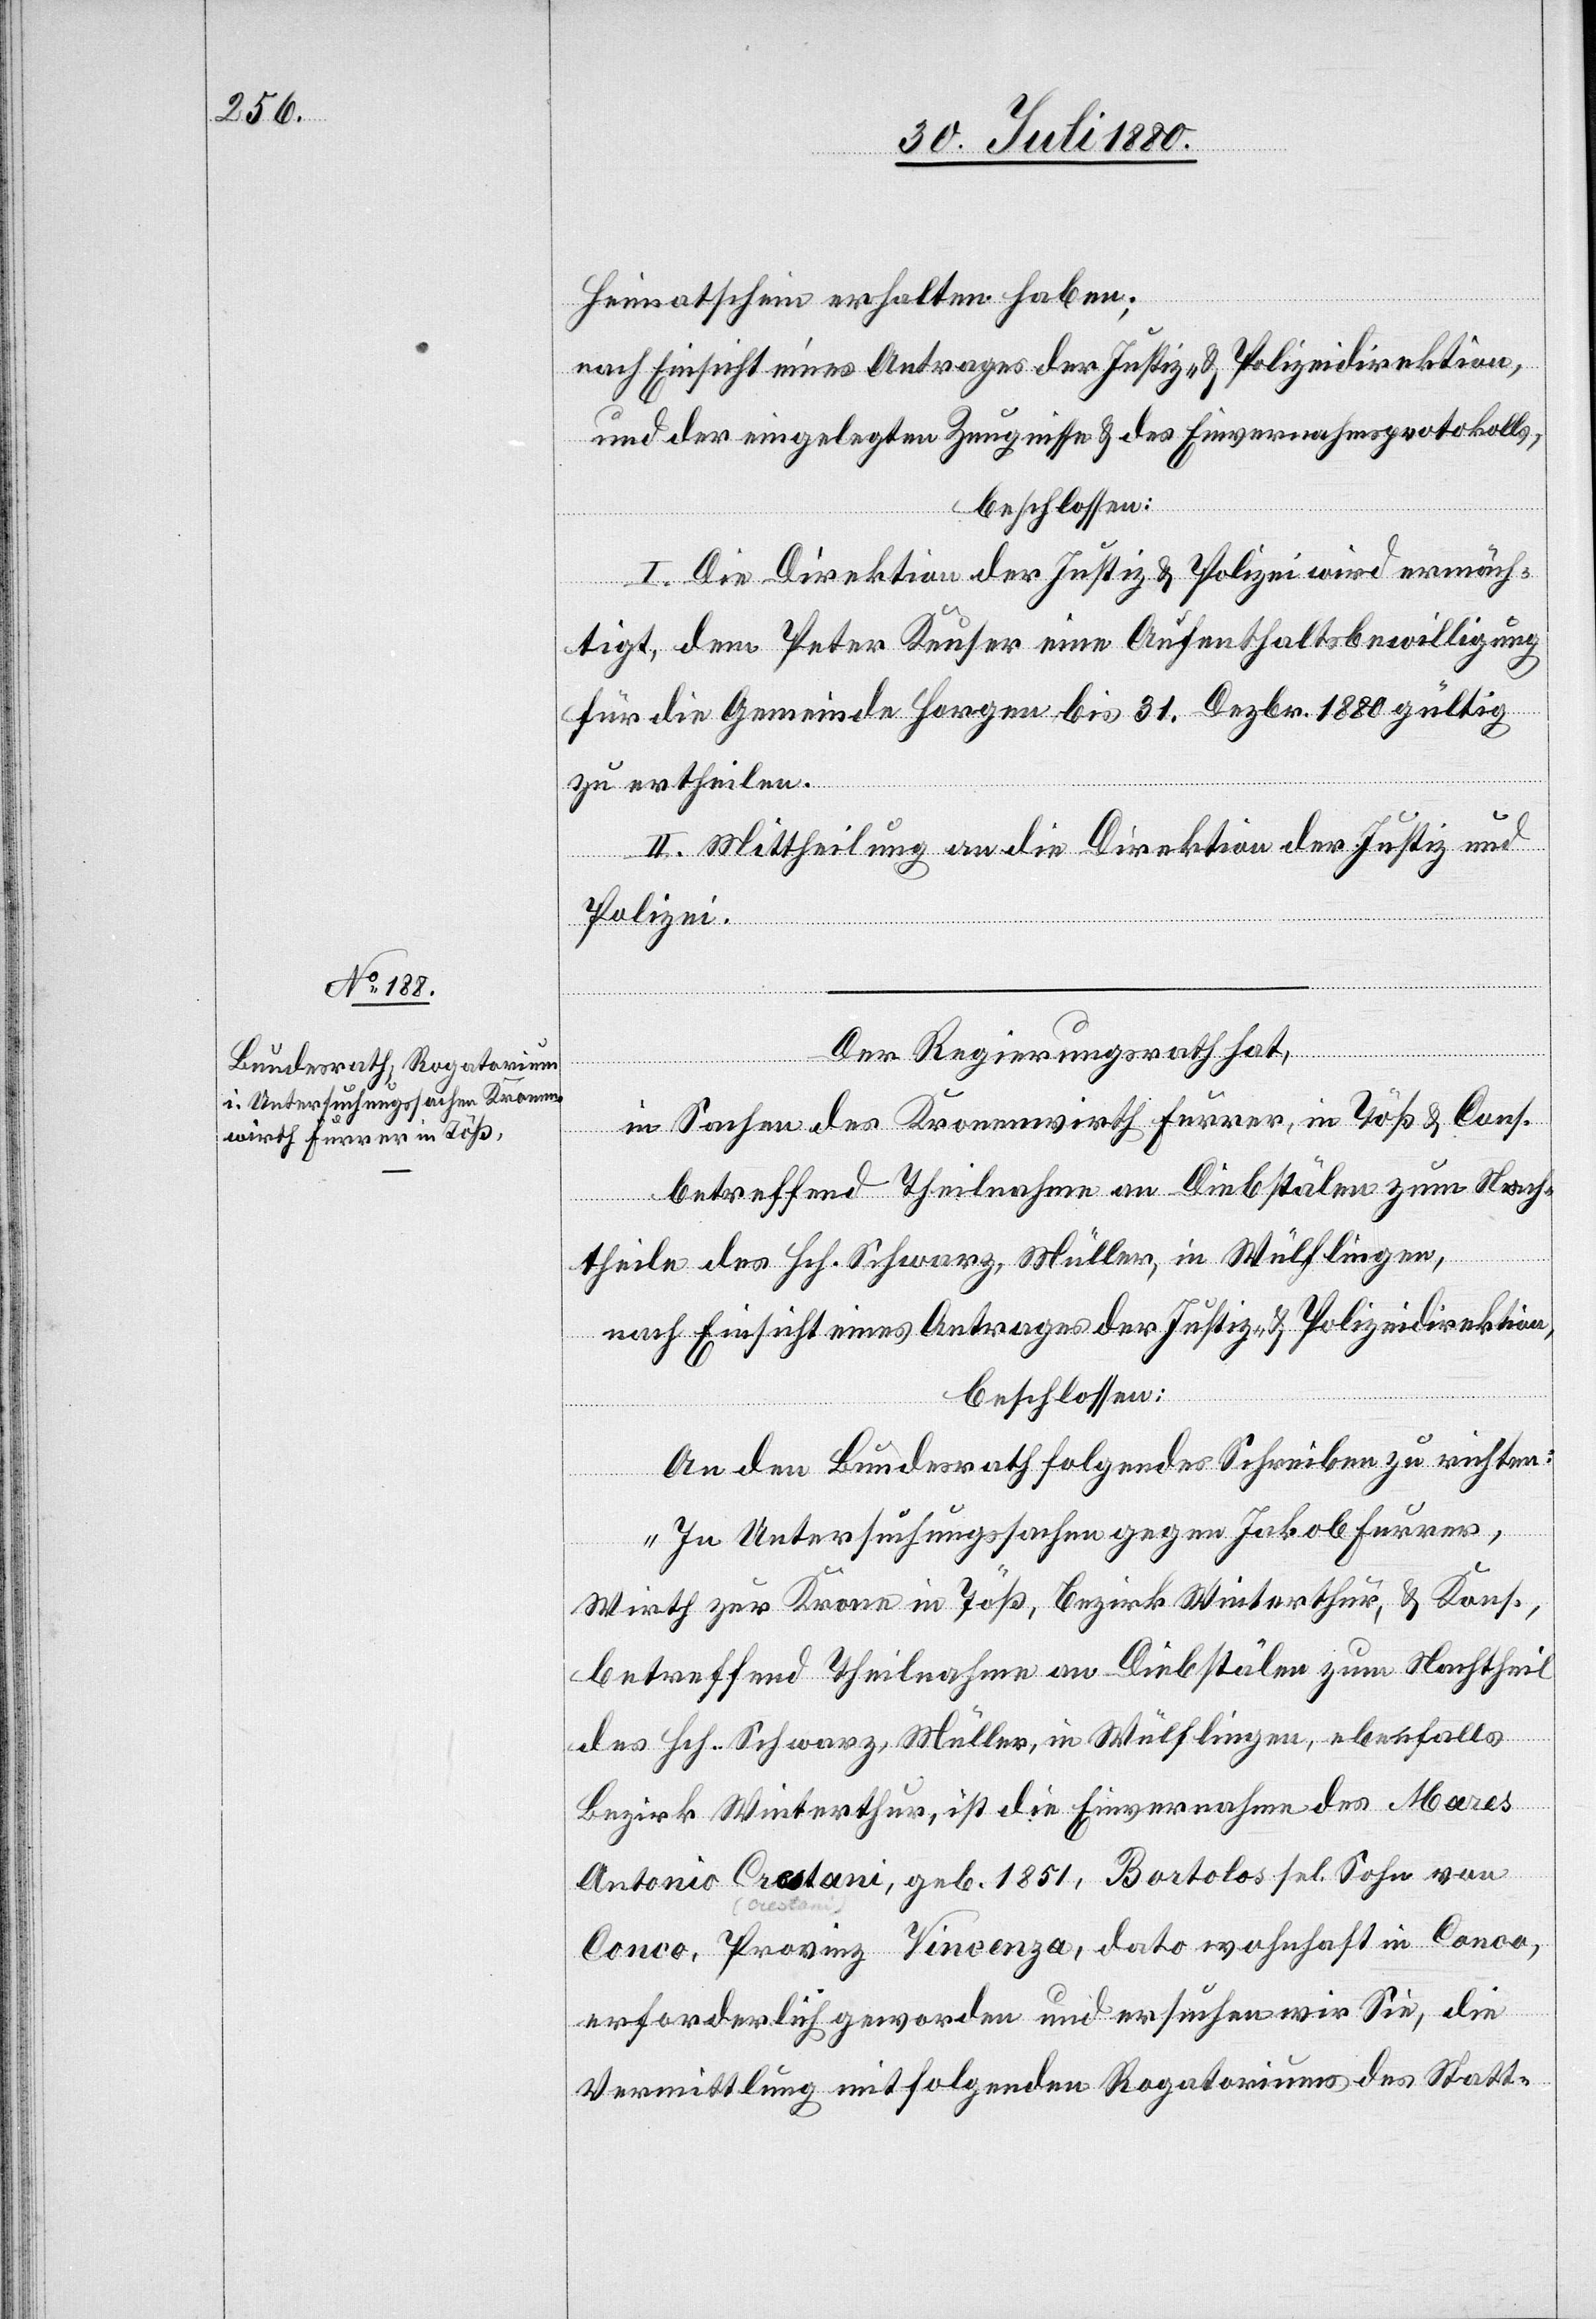
Heimatschein erhalten haben;
nach Einsicht eines Antrages der Justiz- & Polizeidirektion,
und der eingelegten Zeugnisse & des Einvernahmsprotokolls,
beschlossen:
I. Die Direktion der Justiz- & Polizei wird ermäch¬
tigt, dem Peter Keuser eine Aufenthaltsbewilligung
für die Gemeinde Horgen bis 31. Dezbr. 1880 gültig
zu ertheilen.
II. Mittheilung an die Direktion der Justiz und
Polizei.
Der Regierungsrath hat,
in Sachen des Kronenwirth Furrer, in Töß & Cons.
betreffend Theilnahme an Diebstälen zum Nach¬
theile des Hch. Schwarz, Müller, in Wülflingen,
nach Einsicht eines Antrages der Justiz- & Polizeidirektion,
beschlossen:
An den Bundesrath folgendes Schreiben zu richten:
„In Untersuchungssachen gegen Jakob Furrer,
Wirth zur Krone in Töß, Bezirk Winterthur, & Kons.
betreffend Theilnahme an Diebstälen zum Nachtheil
des Hch. Schwarz, Müller, in Wülflingen, ebenfalls
Bezirk Winterthur, ist die Einvernahme des Marcs
Antonio Crestani, geb. 1851, Bartolos sel. Sohn von
Conco, Provinz Vincenza, dato wohnhaft in Conco,
erforderlich geworden und ersuchen wir Sie, die
Vermittlung mit folgenden Rogatoriums des Statt-